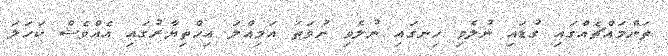
ތަންމައްޗެއްގައި ގުޑައި ނުލެވި ހިނގައި ނުލެވި ނުވަތަ އަމިއްލަ އިހްތިޔާރުގައި އެއްވެސް ކަހަލަ